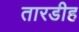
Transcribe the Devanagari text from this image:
तारडीह